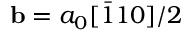
\mathbf { b } = a _ { 0 } [ \bar { 1 } 1 0 ] / 2